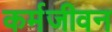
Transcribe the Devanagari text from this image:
कर्मजीवन